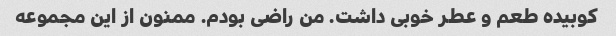
کوبیده طعم و عطر خوبی داشت. من راضی بودم. ممنون از این مجموعه